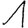
Digit: 1